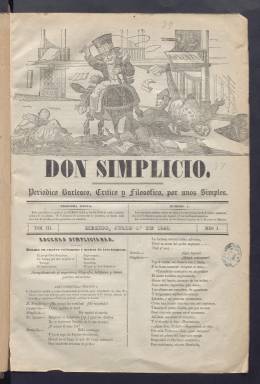
Título: Don Simplicio
Colección: Periódicos anteriores a 1850
Ámbito geográfico: México
Lugar de publicación: México
Fechas: 01/07/1846-24/04/1847